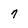
Character: 7